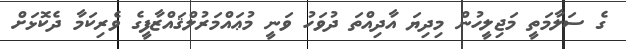
ގެ ސަލާމަތީ މަޖިލީހުން މިދިޔަ އާދިއްތަ ދުވަހު ވަނީ މުޢައްމަރުލްޤައްޒާފީގެ ވެރިކަމާ ދެކޮޅަށް